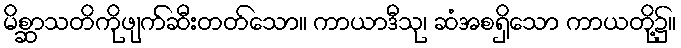
မိစ္ဆာသတိကိုဖျက်ဆီးတတ်သော။ ကာယာဒီသု၊ ဆံအစရှိသော ကာယတို့၌။